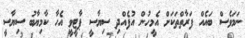
ނަމަވެސް ބައެއް ފަރާތްތަކަށް އެމީހުން އުފެއްދި ސިޔާސީ ޕާޓީވީ އެހާ ކާމިޔާބު ސިޔާސީ